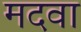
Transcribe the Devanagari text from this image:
मदवा